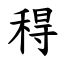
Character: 䅞